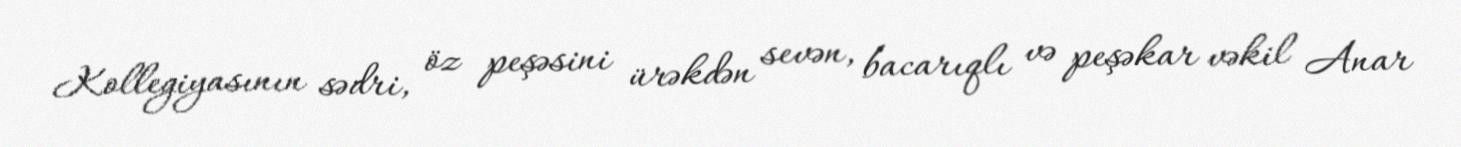
Kollegiyasının sədri, öz peşəsini ürəkdən sevən, bacarıqlı və peşəkar vəkil Anar